Civil Veterinary Dept. Assam report 1927-50 - 1927-1950
Year: 1927
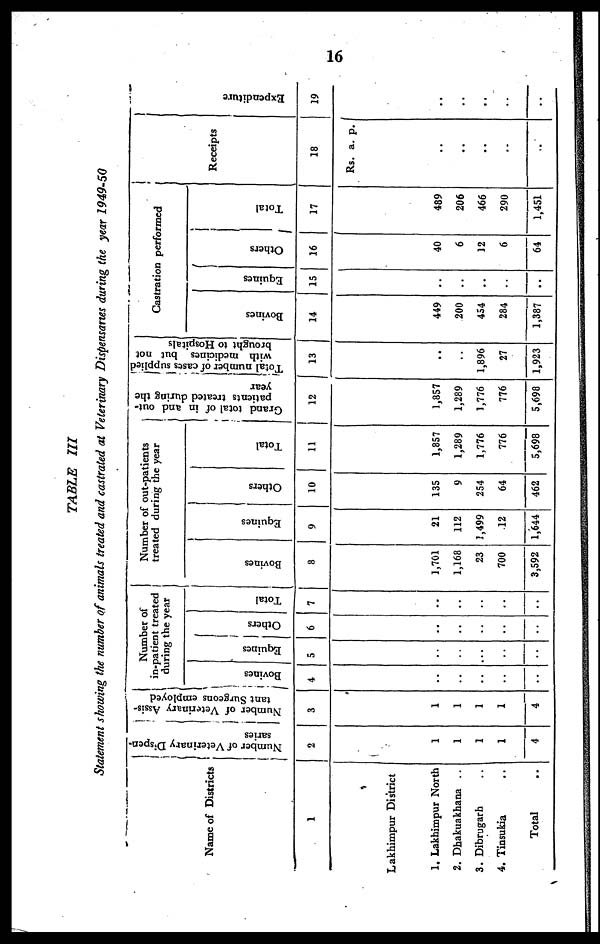
16
TABLE
III
Statement showing the number of animals treated and castrated at Veterinary Dispensaries during the year 1949-50
Name of Districts
1
Lakhimpur District
1. Lakhimpur North
2. Dhakuakhana ..
3. Dibrugarh ..
4. Tinsukia ..
Total ..
Number of Veterinary Dispen-
saries
2
1
1
1
1
4
Number of Veterinary Assis-
tant Surgeons employed
3
1
1
1
1
4
Number of
in-patient treated
during the year
Bovines
4
..
..
..
..
..
Equines
5
..
..
...
..
..
Others
6
..
..
..
..
..
Total
7
..
..
..
..
..
Number of out-patients
|
treated during the year
Bovines
8
1,701
1,168
23
700
3,592
Equines
9
21
112
1,499
12
1,644
Others
10
135
9
254
64
462
Total
11
1,857
1,289
1,776
776
5,698
Grand total of in and out-
patients treated during the
year
12
1,857
1,289
1,776
776
5,698
Total number of cases supplied
with medicines but not
brought to Hospitals
13
..
..
1,896
27
1,923
Castration performed
Bovines
14
449
200
454
284
1,387
Equines
15
..
..
..
..
..
Others
16
40
6
12
6
64
Total
17
489
206
466
290
1,451
Rec
eipt
s
1
8
Rs.
..
..
..
..
..
a. p.
Expenditure
19
..
..
..
..
..